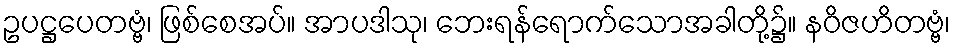
ဥပဋ္ဌပေတဗ္ဗံ၊ ဖြစ်စေအပ်။ အာပဒါသု၊ ဘေးရန်ရောက်သောအခါတို့၌။ နဝိဇဟိတဗ္ဗံ၊